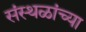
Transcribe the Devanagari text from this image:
संस्थळांच्या